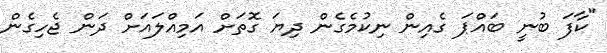
"ކާފަ ބުނީ ބައްޕަ ގެއިން ނިކުމެގެން ދިޔަ ގޮތަށް އަމިއްލައަށް ދަން ޖެހިގެން